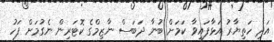
އަދި ހަތިޔާރު އަޅާފައިވާ ކަމަށް ބުނާ ދަބަސް ނާޒިމްގެ ކޮޓަރިން ނެގުމަށް ފަހު